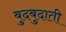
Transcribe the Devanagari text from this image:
बुदबुदाती